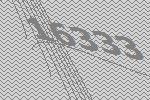
16333